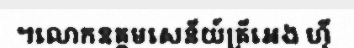
។លោកឧត្តមសេនីយ៍ត្រីអេង ហ៊ី